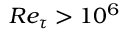
R e _ { \tau } > 1 0 ^ { 6 }